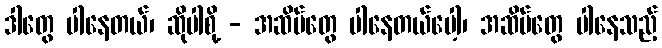
ဒါတွေ ပါနေတယ်၊ ဆိုပါစို့ - အဆိပ်တွေ ပါနေတယ်ပေါ့၊ အဆိပ်တွေ ပါနေသည့်